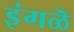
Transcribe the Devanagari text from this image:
इंगळॆ